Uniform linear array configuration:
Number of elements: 8
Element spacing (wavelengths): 1
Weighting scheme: kaiser
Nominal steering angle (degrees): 45
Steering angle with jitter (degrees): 44.646
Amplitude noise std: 0.05
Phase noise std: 0.05

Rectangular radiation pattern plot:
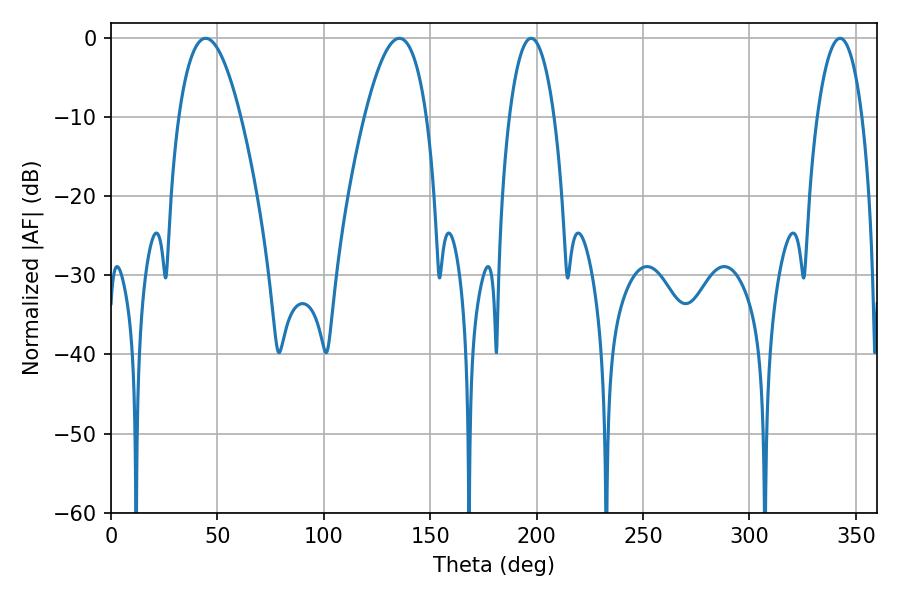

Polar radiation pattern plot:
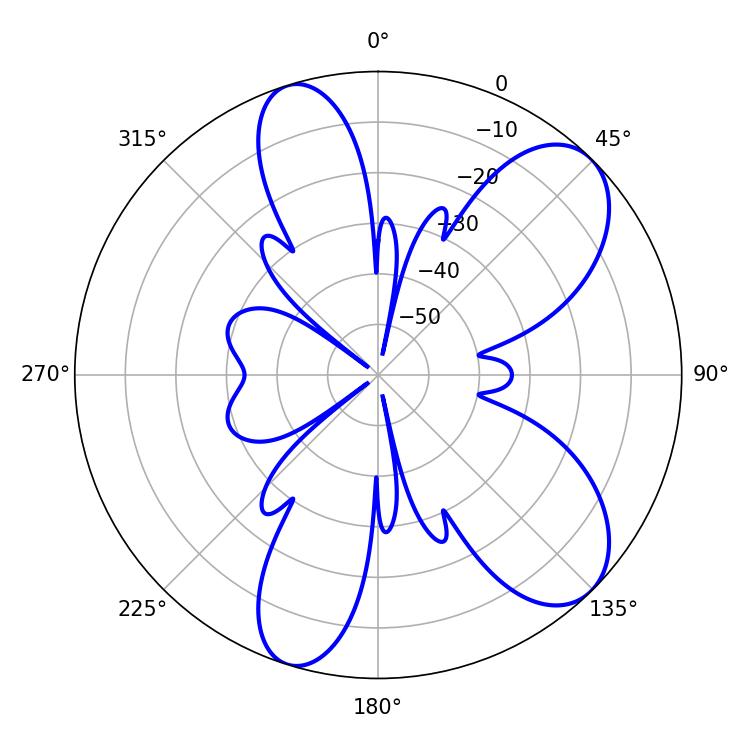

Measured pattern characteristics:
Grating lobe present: TRUE
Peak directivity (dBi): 8.348
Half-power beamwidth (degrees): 16.02
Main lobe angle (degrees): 44.46